Report of the Indian Hemp Drugs Commission, 1894-1895 - Volume VI
Year: 1894
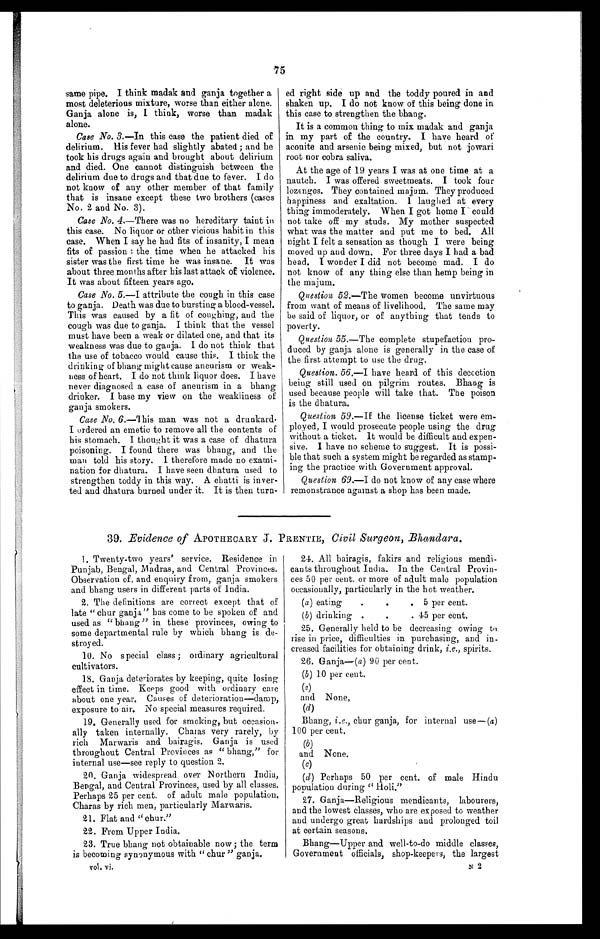
75
same pipe. I think madak and ganja together a
most deleterious mixture, worse than either alone.
Ganja alone is, I think, worse than madak
alone.
Case No. 3.—In this case the patient died of
delirium. His fever had slightly abated ; and he
took his drugs again and brought about delirium
and died. One cannot distinguish between the
delirium due to drugs and that due to fever. I do
not know of any other member of that family
that is insane except these two brothers (cases
No. 2 and No. 3).
Case .No. 4.—There was no hereditary taint in
this case. No liquor or other vicious habit in this
case. When I say he had fits of insanity, I mean
fits of passion : the time when he attacked his
sister was the first time he was insane. It was
about three months after his last attack of violence.
It was about fifteen years ago.
Case No. 5.—I attribute the cough in this case
to ganja. Death was due to bursting a blood-vessel.
This was caused by a fit of coughing, and the
cough was due to ganja. I think that the vessel
must have been a weak or dilated one, and that its
weakness was due to ganja. I do not think that
the use of tobacco would cause this. I think the
drinking of bhang might cause aneurism or weak-
ness of heart. I do not think liquor does. I have
never diagnosed a case of aneurism in a bhang
drinker. I base my view on the weakliness of
ganja smokers.
Case No. 6.—This man was not a drunkard.
I ordered an emetic to remove all the contents of
his stomach. I thought it was a case of dhatura
poisoning. I found there was bhang, and the
man told his story. I therefore made no exami-
nation for dhatura. I have seen dhatura used to
strengthen toddy in this way. A chatti is inver-
ted and dhatura burned under it. It is then turn-
ed right side up and the toddy poured in and
shaken up. I do not know of this being done in
this case to strengthen the bhang.
It is a common thing to mix madak and ganja
in my part of the country. I have heard of
aconite and arsenic being mixed, but not jowari
root nor cobra saliva.
At the age of 19 years I was at one time at a
nautch. I was offered sweetmeats. I took four
lozenges. They contained majum. They produced
happiness and exaltation. I laughed at every
thing immoderately. When I got home I could
not take off my studs. My mother suspected
what was the matter and put me to bed. All
night I felt a sensation as though I were being
moved up and down. For three days I had a bad
head. I wonder I did not become mad. I do
not know of any thing else than hemp being in
the majum.
Question 52 .—The women become unvirtuous
from want of means of livelihood. The same may
be said of liquor, or of anything that tends to
poverty.
Question 55 .—The complete stupefaction pro-
duced by ganja alone is generally in the case of
the first attempt to use the drug.
Question. 56.—I have heard of this decoction
being still used on pilgrim routes. Bhang is
used because people will take that. The poison
is the dhatura.
Question 59.—If the license ticket were em-
ployed, I would prosecute people using the drug
without a ticket. It would be difficult and expen--
sive. I have no scheme to suggest. It is possi--
ble that such a system might be regarded as stamp-
ing the practice with Government approval.
Question 69.—I do not know of any case where
remonstrance against a shop has been made.
39. Evidence of APOTHECARY J. PRENTIE, Civil Surgeon, Bhandara.
1. Twenty-two years' service. Residence in
Punjab, Bengal, Madras, and Central Provinces.
Observation of, and enquiry from, ganja smokers
and bhang users in different parts of India.
2. The definitions are correct except that of
late " chur ganja " has come to be spoken of and
used as " bhang" in these provinces, owing to
some departmental rule by which bhang is de
- s t r o y e d .
10. No special class ; ordinary agricultural
cultivators.
18. Ganja deteriorates by keeping, quite losin g
effect in time. Keeps good with ordinary care
about one year. Causes of deterioration—damp,
exposure to air. No special measures required.
19. Generally used for smoking, but occasion
ally taken internally. Charas very rarely,
rich Marwaris and bairagis. Ganja is used
throughout Central Provinces as " bhang," for
internal use—see reply to question 2.
20. Ganja widespread over Northern India
Bengal, and Central Provinces, used by all classes.
Perhaps 25 per cent. of adult male population
Charas by rich men, particularly Marwaris.
21. Flat and "chur."
22. From Upper India.
23. True bhang not obtainable now ; the ter
mis becoming synonymous with " chur" ganja.
vol. vi.
24. All bairagis, fakirs and religious mendi-
cants throughout India. In the Central Provin-
ces 50 per cent. or more of adult male population
occasionally, particularly in the hot weather.
(a) eating
. 5 per cent.
(b) drinking .
. 45 per cent.
25. Generally held to be decreasing owing to
rise in price, difficulties in purchasing, and in-
creased facilities for obtaining drink, i.e. , spirits.
26. Ganja—( a ) 90 per cent.
(b) 10 per cent,
(c)
and None,
(d)
Bhang, i.e ., chur ganja, for internal use—(a)
100 per cent.
(b) (c)
and None.
(d)
Perhaps 50 per cent. of male Hindu
popul a t i on dur i ng " Hol i . "
27. Ganja—Religious mendicants, labourers,
and the lowest classes, who are exposed to weather
and undergo great hardships and prolonged toil
at certain seasons.
Bhang—Upper and well-to-do middle classes,
Government officials, shop-keepers, the largest
N 2